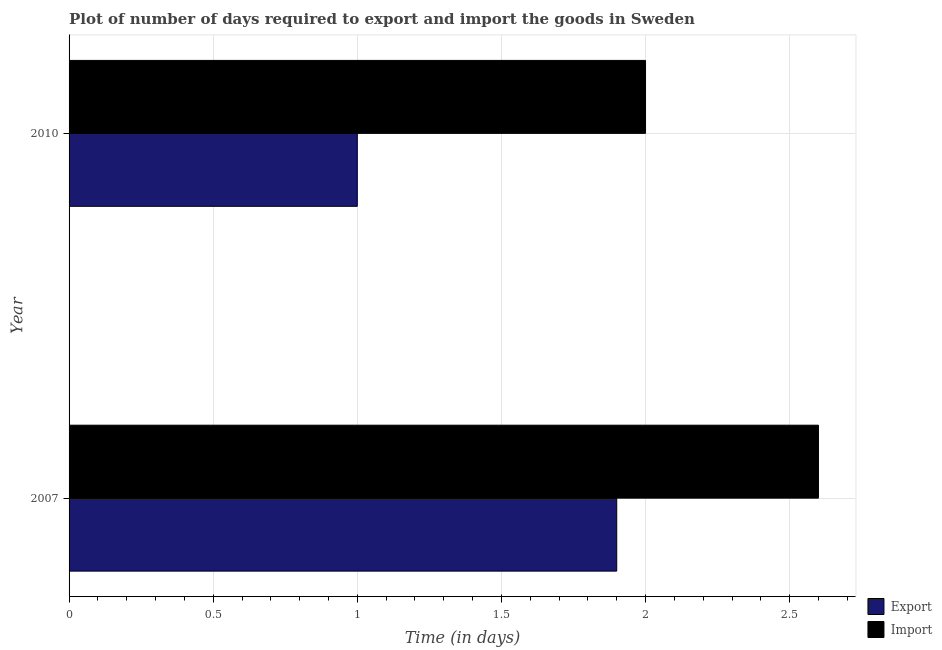
| Year | Export | Import |
 | --- | --- | --- |
 | 2007 | 1.9 | 2.6 |
 | 2010 | 1 | 2 |